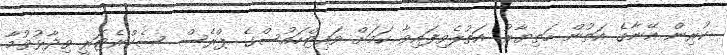
ކުރިން އޭނާގެ އަތުން ހަތިޔާރު އަތުލެވިފައިވާ ކަމަށް ވައިޓްހައުސްގެ ޕްރެސް ސެކްރެޓަރީ ވިދާޅުވުމާ